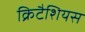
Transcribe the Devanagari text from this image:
क्रिटैशियस